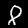
Label: 8